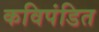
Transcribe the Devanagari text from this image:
कविपंडित